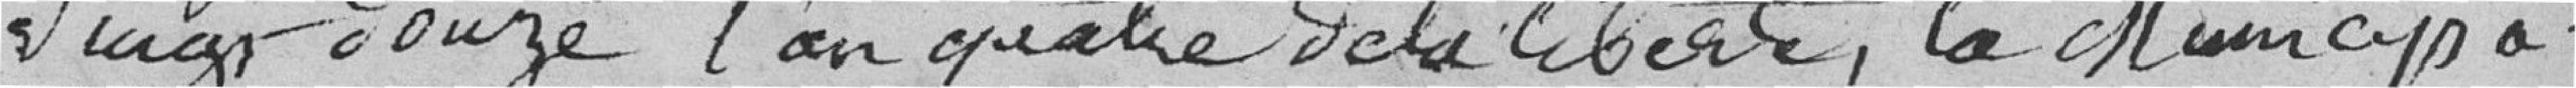
vingt douze, l'an quatre de la liberté, la Municipa-